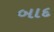
બાદ